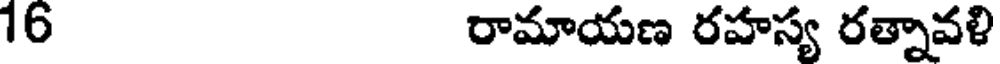
16 రామాయణ రహస్య రత్నావళి